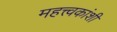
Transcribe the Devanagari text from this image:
महत्त्वकांशी